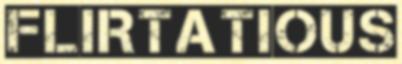
FLIRTATIOUS